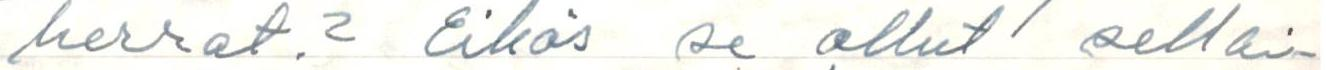
herrat? Eikös se ollut sellai-